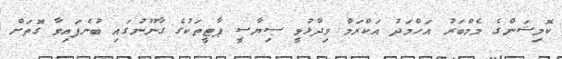
ކޮމިޝަންގެ މެމްބަރު އަހްމަދު އަކްރަމް ވިދާޅުވީ ސިޔާސީ ޕާޓީތަކުގެ ގާނޫނުގައި ބުނެފައިވާ ގޮތަށް